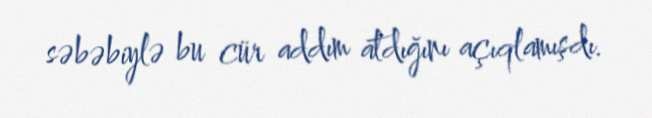
səbəbiylə bu cür addım atdığını açıqlamışdı.